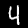
Digit: 4